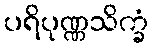
ပရိပုဏ္ဏသိက္ခံ